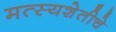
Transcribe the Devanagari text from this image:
मत्स्यशेतीचे